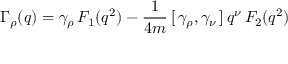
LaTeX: \Gamma _ { \rho } ( q ) = \gamma _ { \rho } \, F _ { 1 } ( q ^ { 2 } ) - \frac { 1 } { 4 m } \, [ \, \gamma _ { \rho } , \gamma _ { \nu } \, ] \, q ^ { \nu } \, F _ { 2 } ( q ^ { 2 } )